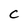
Character: C